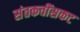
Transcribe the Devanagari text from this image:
संतकवींसकट